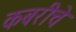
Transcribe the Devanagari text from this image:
कबरीचे